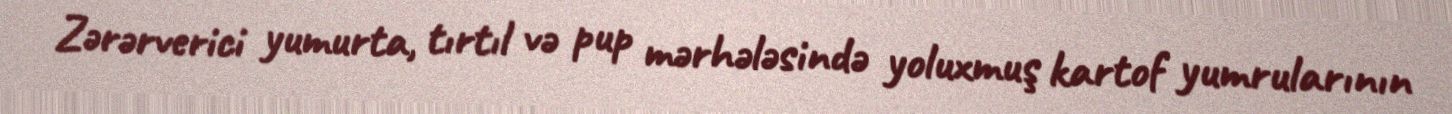
Zərərverici yumurta, tırtıl və pup mərhələsində yoluxmuş kartof yumrularının